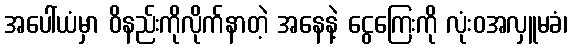
အပေါ်ယံမှာ ဝိနည်းကိုလိုက်နာတဲ့ အနေနဲ့ ငွေကြေးကို လုံးဝအလှူမခံ၊